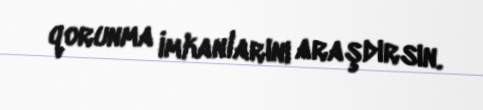
qorunma imkanlarını araşdırsın.